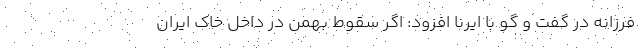
فرزانه در گفت و گو با ایرنا افزود: اگر سقوط بهمن در داخل خاک ایران